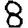
Digit: 8